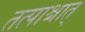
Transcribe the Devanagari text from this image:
तत्पाश्चात्